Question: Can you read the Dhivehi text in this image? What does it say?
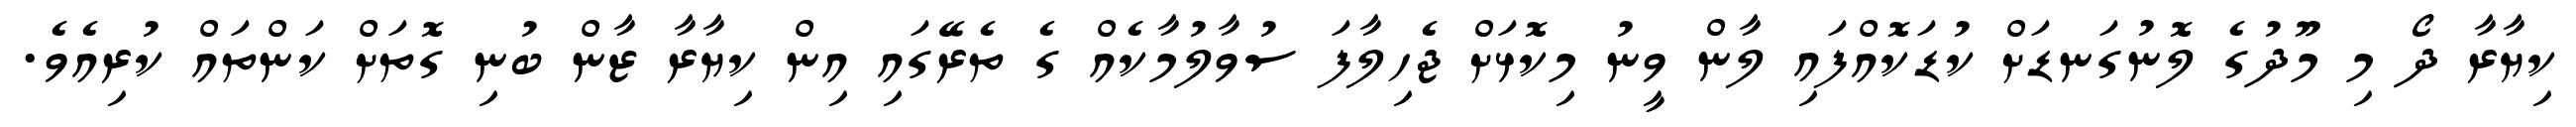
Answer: ކިޔާރާ ދޯ މި މޫދުގެ ލޮނުގަނޑަށް ކުޑަކޮއްފައި ލާން ވީނު މިކޮޅަށް ޖެހިލާފަ ސުވާލުމާކެއް ގެ ތެރޭގައި އިން ކިޔާރާ ޒާން ބުނި ގޮތަށް ކަންތައް ކުރިއެވެ.